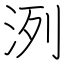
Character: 洌